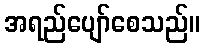
အရည်ပျော်စေသည်။